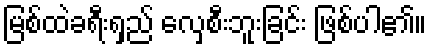
မြစ်ထဲခရီးရှည် လှေစီးဘူးခြင်း ဖြစ်ပါ၏။